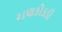
રાણકોકડી